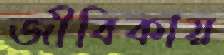
জীবিকায়